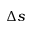
\Delta s